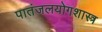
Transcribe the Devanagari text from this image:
पातंजलयोगशास्त्र